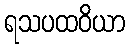
ရသပထဝိယာ